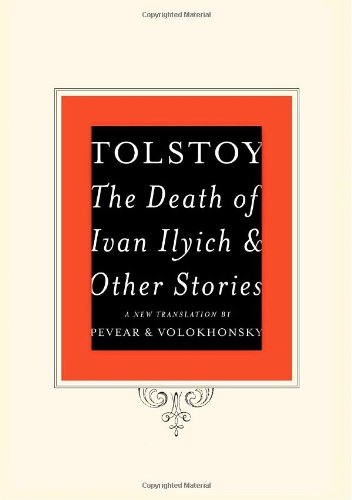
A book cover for The Death of Ivan Ilyich and Other Stories; Leo Tolstoy; Literature & Fiction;